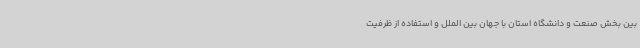
بین بخش صنعت و دانشگاه استان با جهان بین الملل و استفاده از ظرفیت